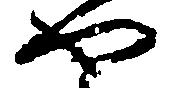
や